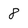
Character: 8